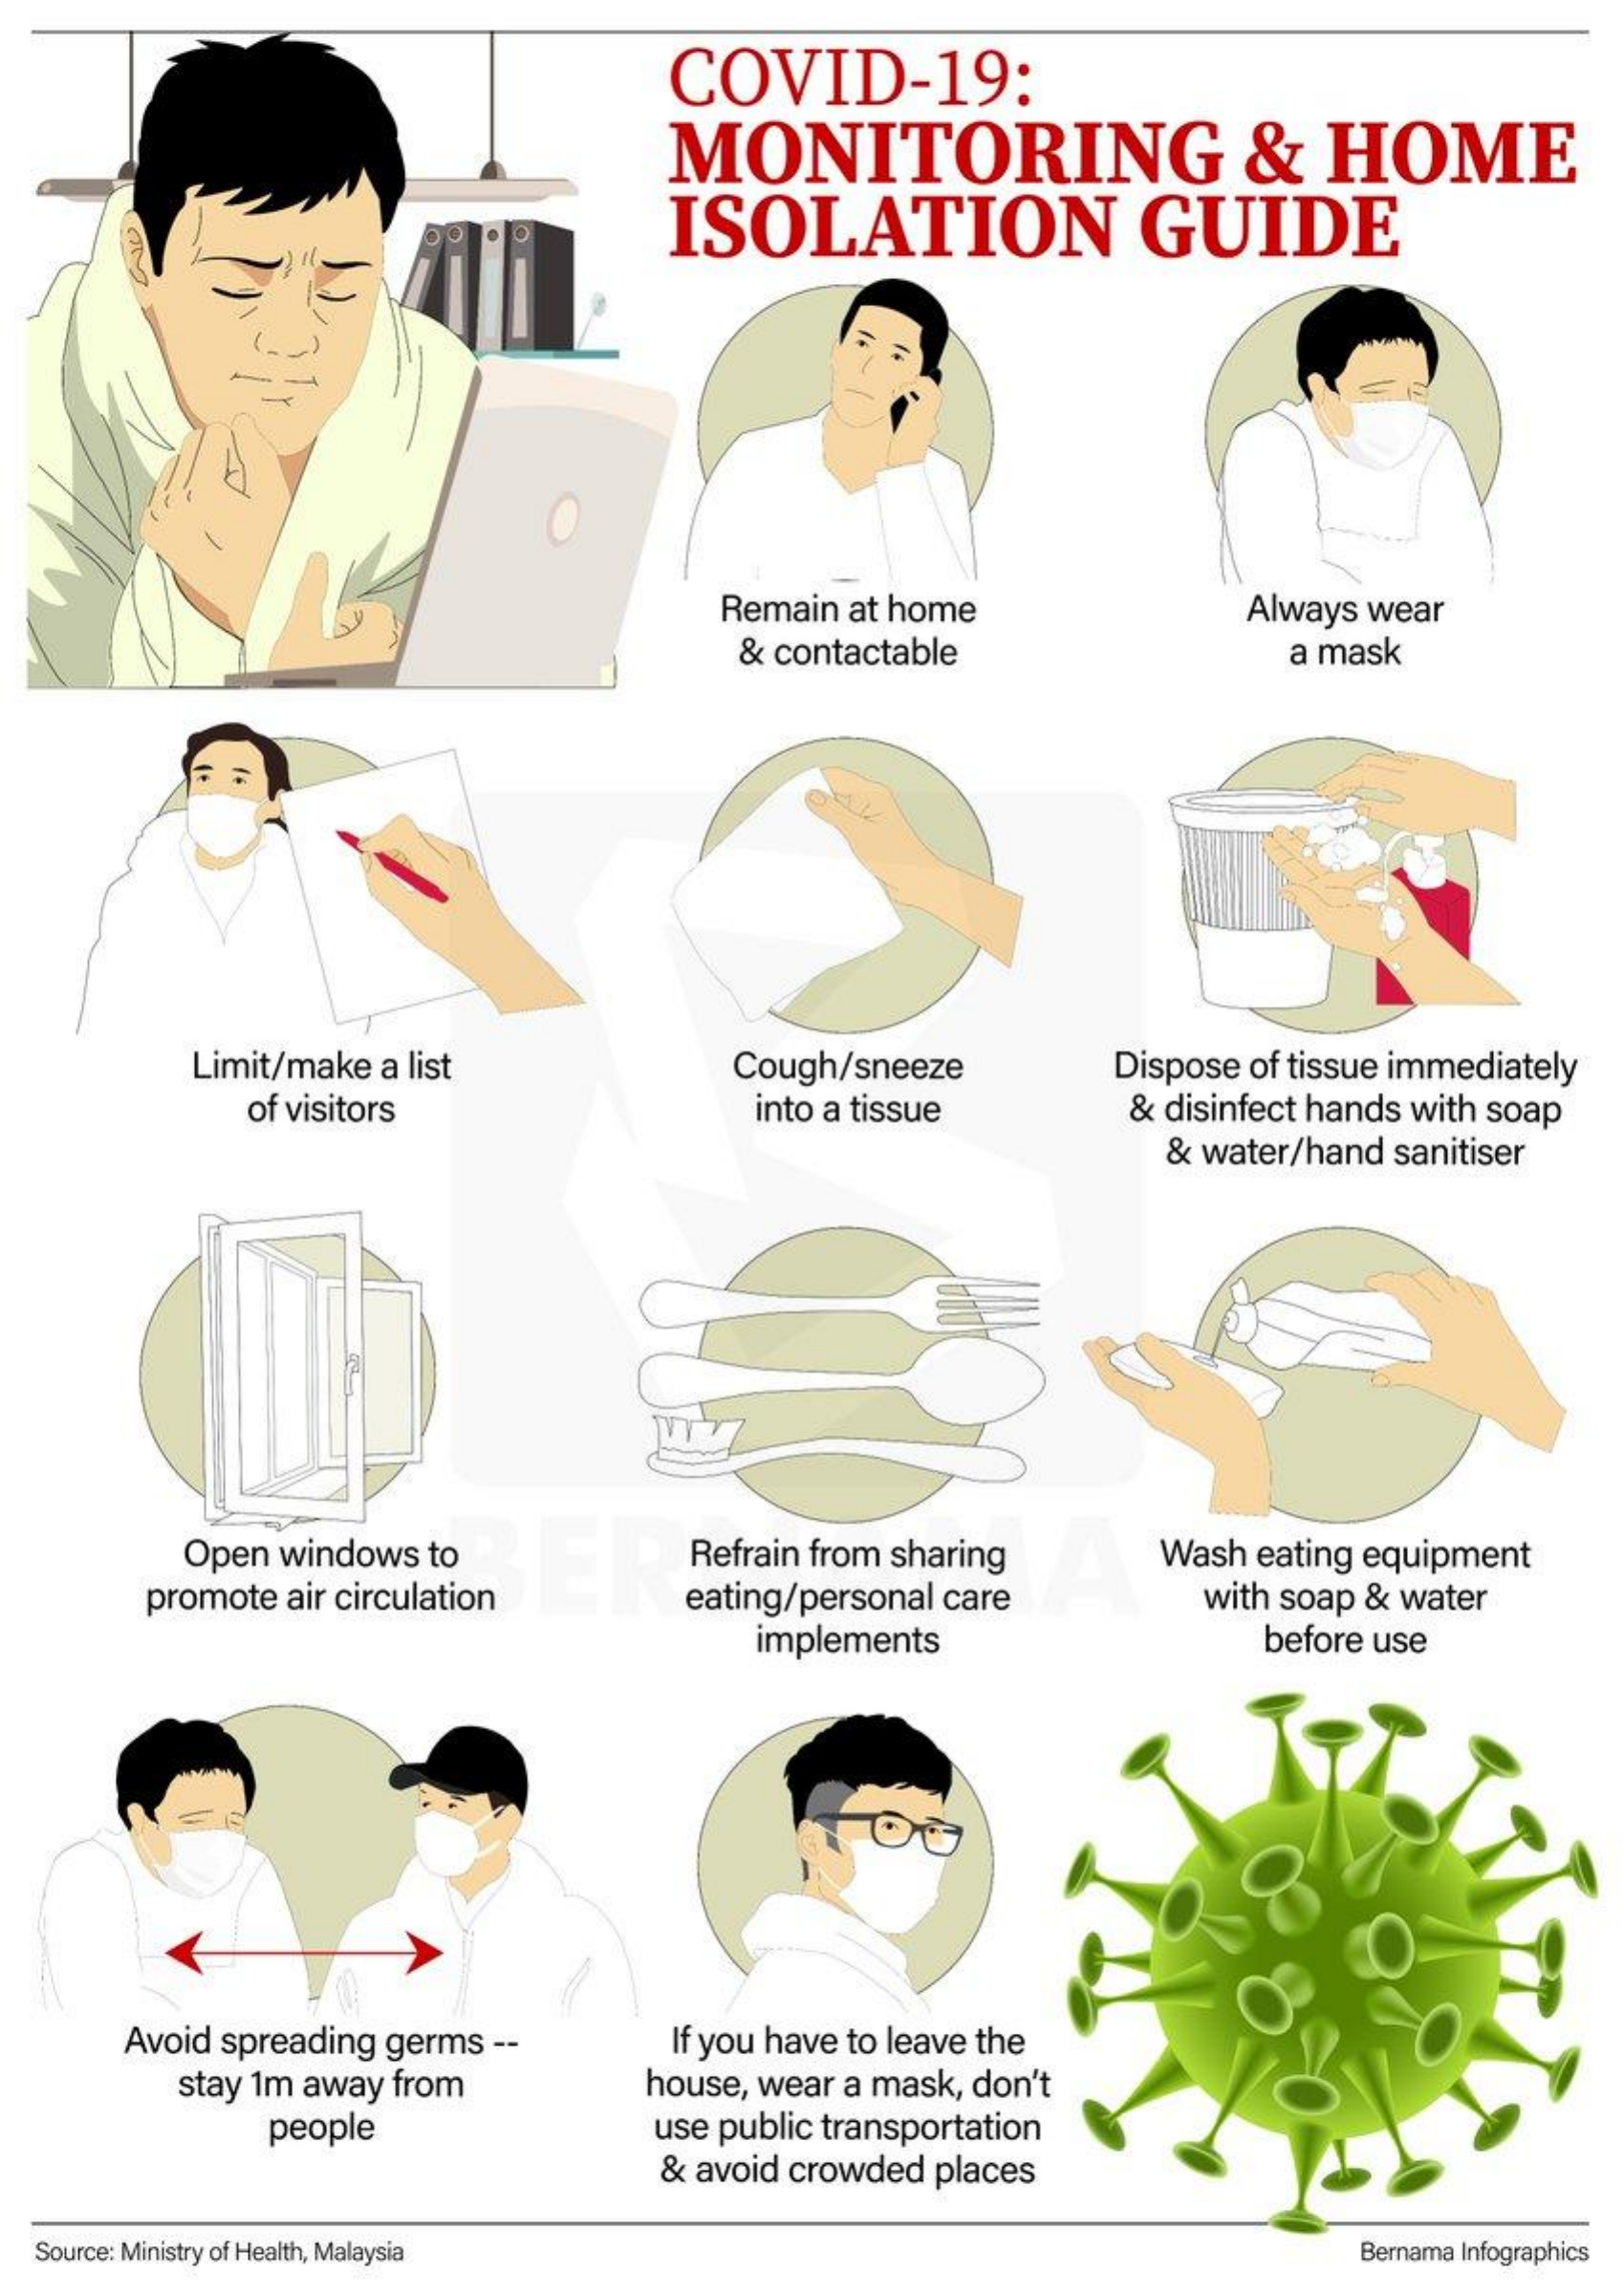
COVID-19:
     MONITORING    &  HOME
     ISOLATION    GUIDE
     Remain at home    Always wear
     & contactable    a mask
     Limit/make a list    Cough/sneeze   Dispose of tissue immediately
     of visitors    into a tissue   & disinfect hands with soap
     & water/hand sanitiser
     Open windows to    Refrain from sharing Wash eating equipment
     promote air circulation eating/personal care with soap & water
     implements    before use
     Avoid spreading germs -- If you have to leave the
     stay 1m away from house, wear a mask, don't
     people    use public transportation
     & avoid crowded places
  Source: Ministry of Health, Malaysia    Bernama Infographics